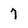
Character: 7